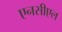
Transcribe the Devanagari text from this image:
एनसीएल